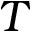
T